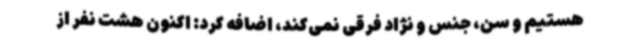
هستیم و سن، جنس و نژاد فرقی نمی‌کند، اضافه کرد: اکنون هشت نفر از